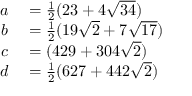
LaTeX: \begin{array} { r l } { a } & { { } = { \frac { 1 } { 2 } } ( 2 3 + 4 { \sqrt { 3 4 } } ) } \\ { b } & { { } = { \frac { 1 } { 2 } } ( 1 9 { \sqrt { 2 } } + 7 { \sqrt { 1 7 } } ) } \\ { c } & { { } = ( 4 2 9 + 3 0 4 { \sqrt { 2 } } ) } \\ { d } & { { } = { \frac { 1 } { 2 } } ( 6 2 7 + 4 4 2 { \sqrt { 2 } } ) } \end{array}